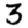
Digit: 3